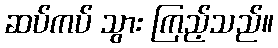
ဆပ်ကပ် သွား ကြည့်သည်။